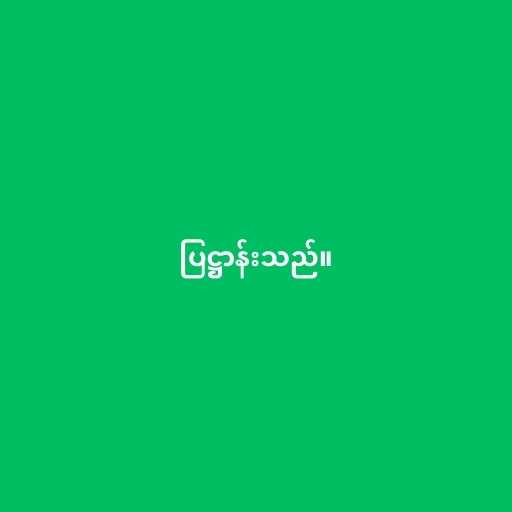
ပြဋ္ဌာန်းသည်။